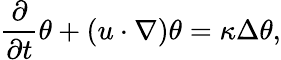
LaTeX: \frac{\partial}{\partial t}\theta+(u\cdot\nabla)\theta=\kappa\Delta\theta,